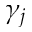
\gamma _ { j }